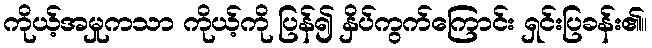
ကိုယ့်အမှုကသာ ကိုယ့်ကို ပြန်၍ နှိပ်ကွက်ကြောင်း ရှင်းပြခန်း၏။